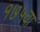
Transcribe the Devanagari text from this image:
१७५वा